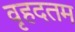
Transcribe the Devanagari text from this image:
वृहदतम